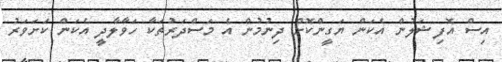
އިސް އޮފިޝަލުން އެކަން ޔަގީންކޮށް ދިނުމުން އެ މަސްދަރުތަކާ ހަވާލާދީ އެކަން ކަށަވަރު